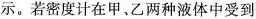
示。若密度计在甲、乙两种液体中受到